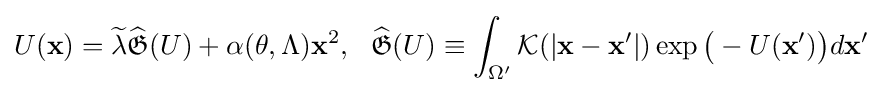
U({\bf {x}})={\widetilde {\lambda }}{\widehat {\mathfrak {G}}}({U})+\alpha (\theta ,\Lambda ){\bf {x}}^{2},~~{\widehat {\mathfrak {G}}}({U})\equiv \int _{\Omega '}{\mathcal {K}}(|{\bf {x}}-{\bf {x}}'|)\exp {\big (}-{U}({\bf {x}}'){\big )}d{{\bf {x}}'}